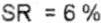
SR = 6 %